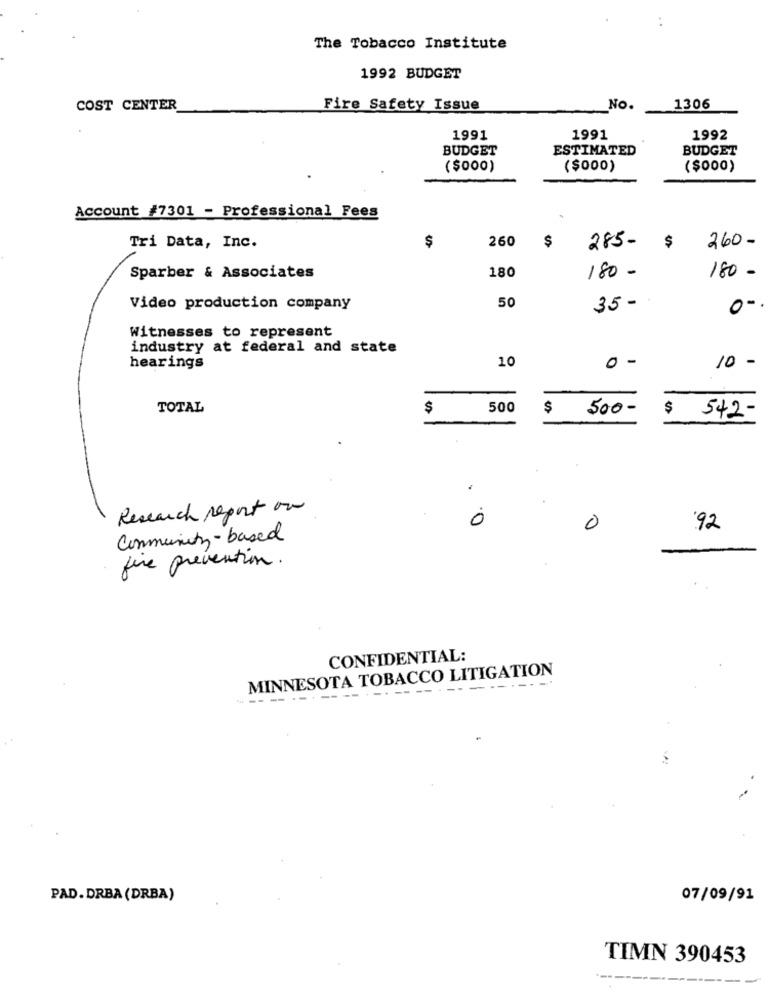
The Tobacco Institute
1992 BUDGET
COST CENTER
Fire Safety Issue
No.
1306
1991
1991
1992
BUDGET
ESTIMATED
BUDGET
($000)
($000)
($000)
Account #7301 - Professional Fees
$
260
$
Tri Data, Inc.
285-
$
260-
180
180 -
180 -
Sparber & Associates
50
Video production company
35 -
0 - .
Witnesses to represent
industry at federal and state
10
0 -
hearings
10 -
TOTAL
$
500
$
500-
$
542-
Research report on
0
0
92
Community- based
fire prevention.
CONFIDENTIAL:
MINNESOTA TOBACCO LITIGATION
-------------
PAD. DRBA (DRBA)
07/09/91
TIMN 390453
------------